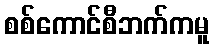
စစ်ကောင်စီဘက်ကမူ